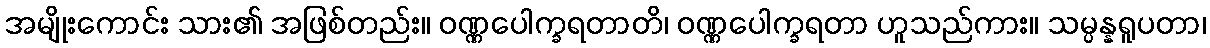
အမျိုးကောင်း သား၏ အဖြစ်တည်း။ ဝဏ္ဏပေါက္ခရတာတိ၊ ဝဏ္ဏပေါက္ခရတာ ဟူသည်ကား။ သမ္ပန္နရူပတာ၊